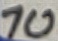
Text: 10